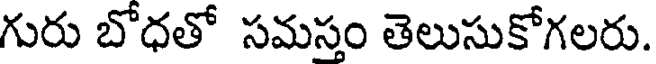
గురు బోధతో సమస్తం తెలుసుకోగలరు.